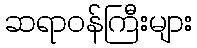
ဆရာဝန်ကြီးများ